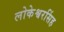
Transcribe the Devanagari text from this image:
लोकेश्वरसिंह